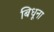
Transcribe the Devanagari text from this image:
बिधूना